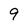
Character: 9